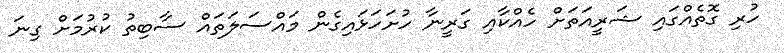
ހުރި ގޮތެއްގައި ޝަރީއަތަށް ހެއްކާއި ގަރީނާ ހުށަހަޅައިގެން މައްސަލަތައް ސާބިތު ކުރުމަށް ގިނަ